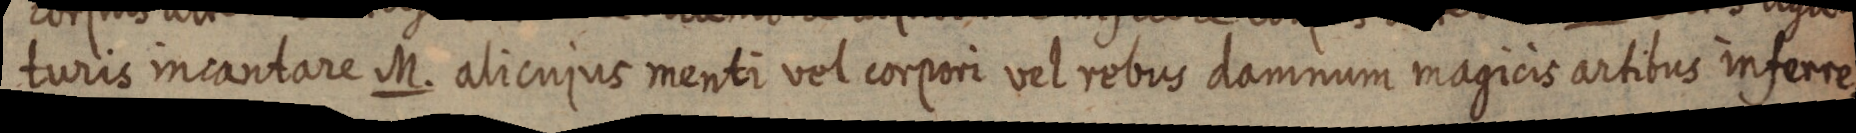
turis incantare M. alicujus menti vel corpori vel rebus damnum magicis artibus inferre.